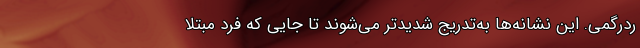
ردرگمی. این نشانه‌ها به‌تدریج شدیدتر می‌شوند تا جایی که فرد مبتلا